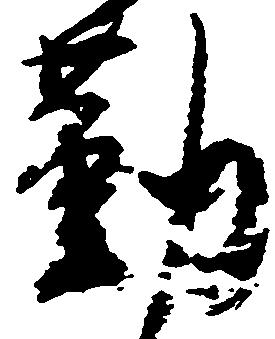
勤